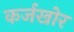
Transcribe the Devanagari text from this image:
कर्जखोर